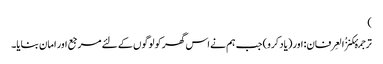
)
ترجمۂکنزُالعِرفان: اور (یاد کرو) جب ہم نے اس گھر کو لوگوں کے لئے مرجع اور امان بنایا۔